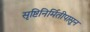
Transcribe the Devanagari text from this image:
सृष्टिनिर्मितीपासून